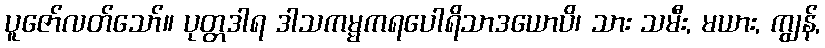
ပူဇော်လတ်သော်။ ပုတ္တဒါရ ဒါသကမ္မကရပေါရိသာဒယောပိ၊ သား သမီး, မယား, ကျွန်,